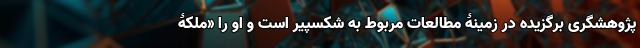
پژوهشگری برگزیده در زمینۀ مطالعات مربوط به شکسپیر است و او را «ملکۀ